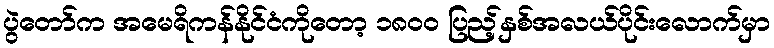
ပွဲတော်က အမေရိကန်နိုင်ငံကိုတော့ ၁၈၀၀ ပြည့်နှစ်အလယ်ပိုင်းလောက်မှာ